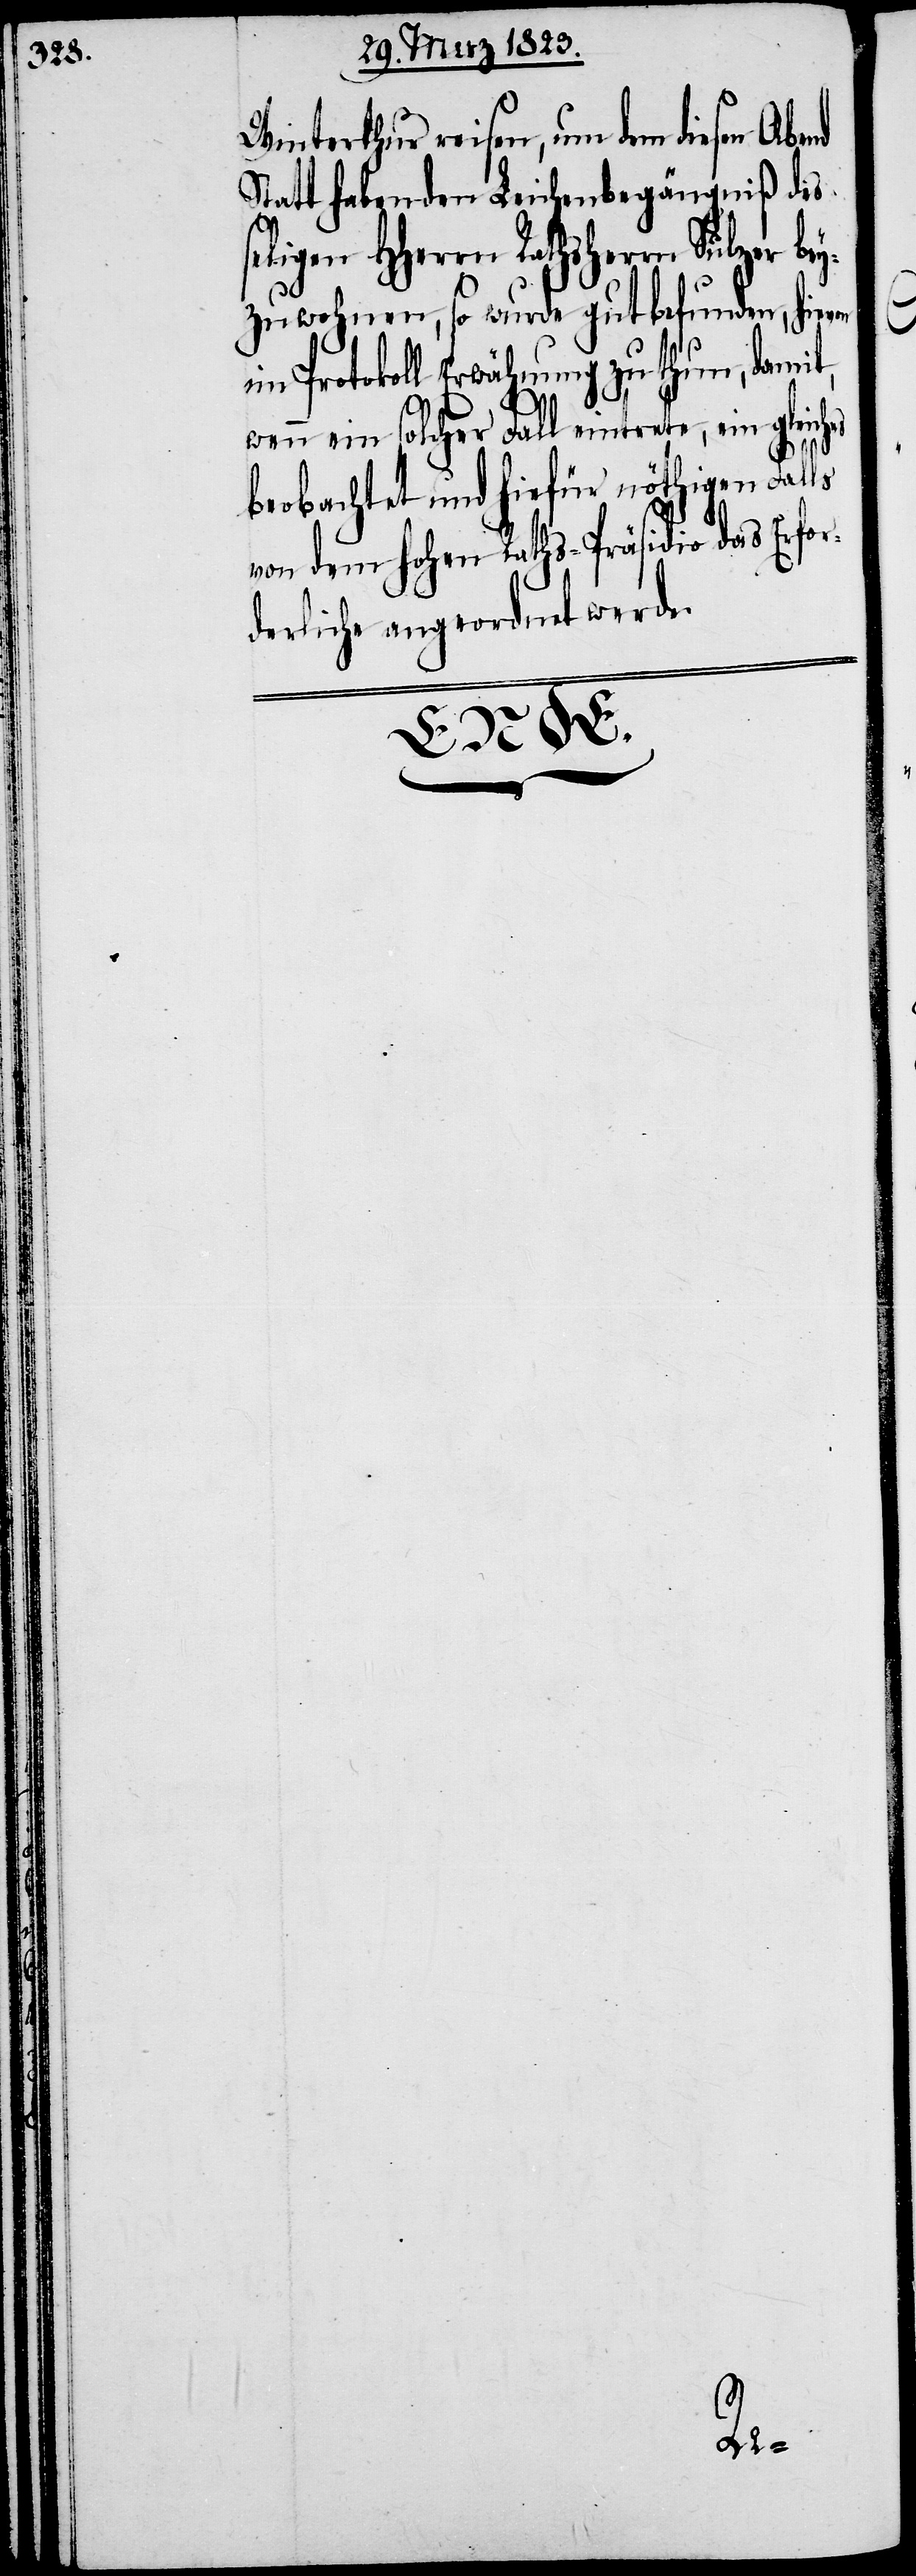
Winterthur reisen, um dem diesen Abend
Statt habenden Leichenbegängniß des
ligen HHerrn Rathsherrn Sulzer
zuwohnen, so wurde gutbefunden, hiev¬
im Protokoll Erwähnung zu thun, damit,
on
wenn ein solcher Fall eintrete, ein gleiches
beobachtet und hiefür nöthigen Falls
von dem hohen Raths-Präsidio das Erfor¬
derliche angeordnet werde.

bey¬